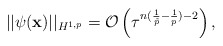
\begin{align*} \vert \vert \psi(\mathbf x)\vert \vert_{H^{1,p}}=\mathcal O\left(\tau^{n(\frac{1}{\tilde p}-\frac{1}{p})-2}\right ), \end{align*}